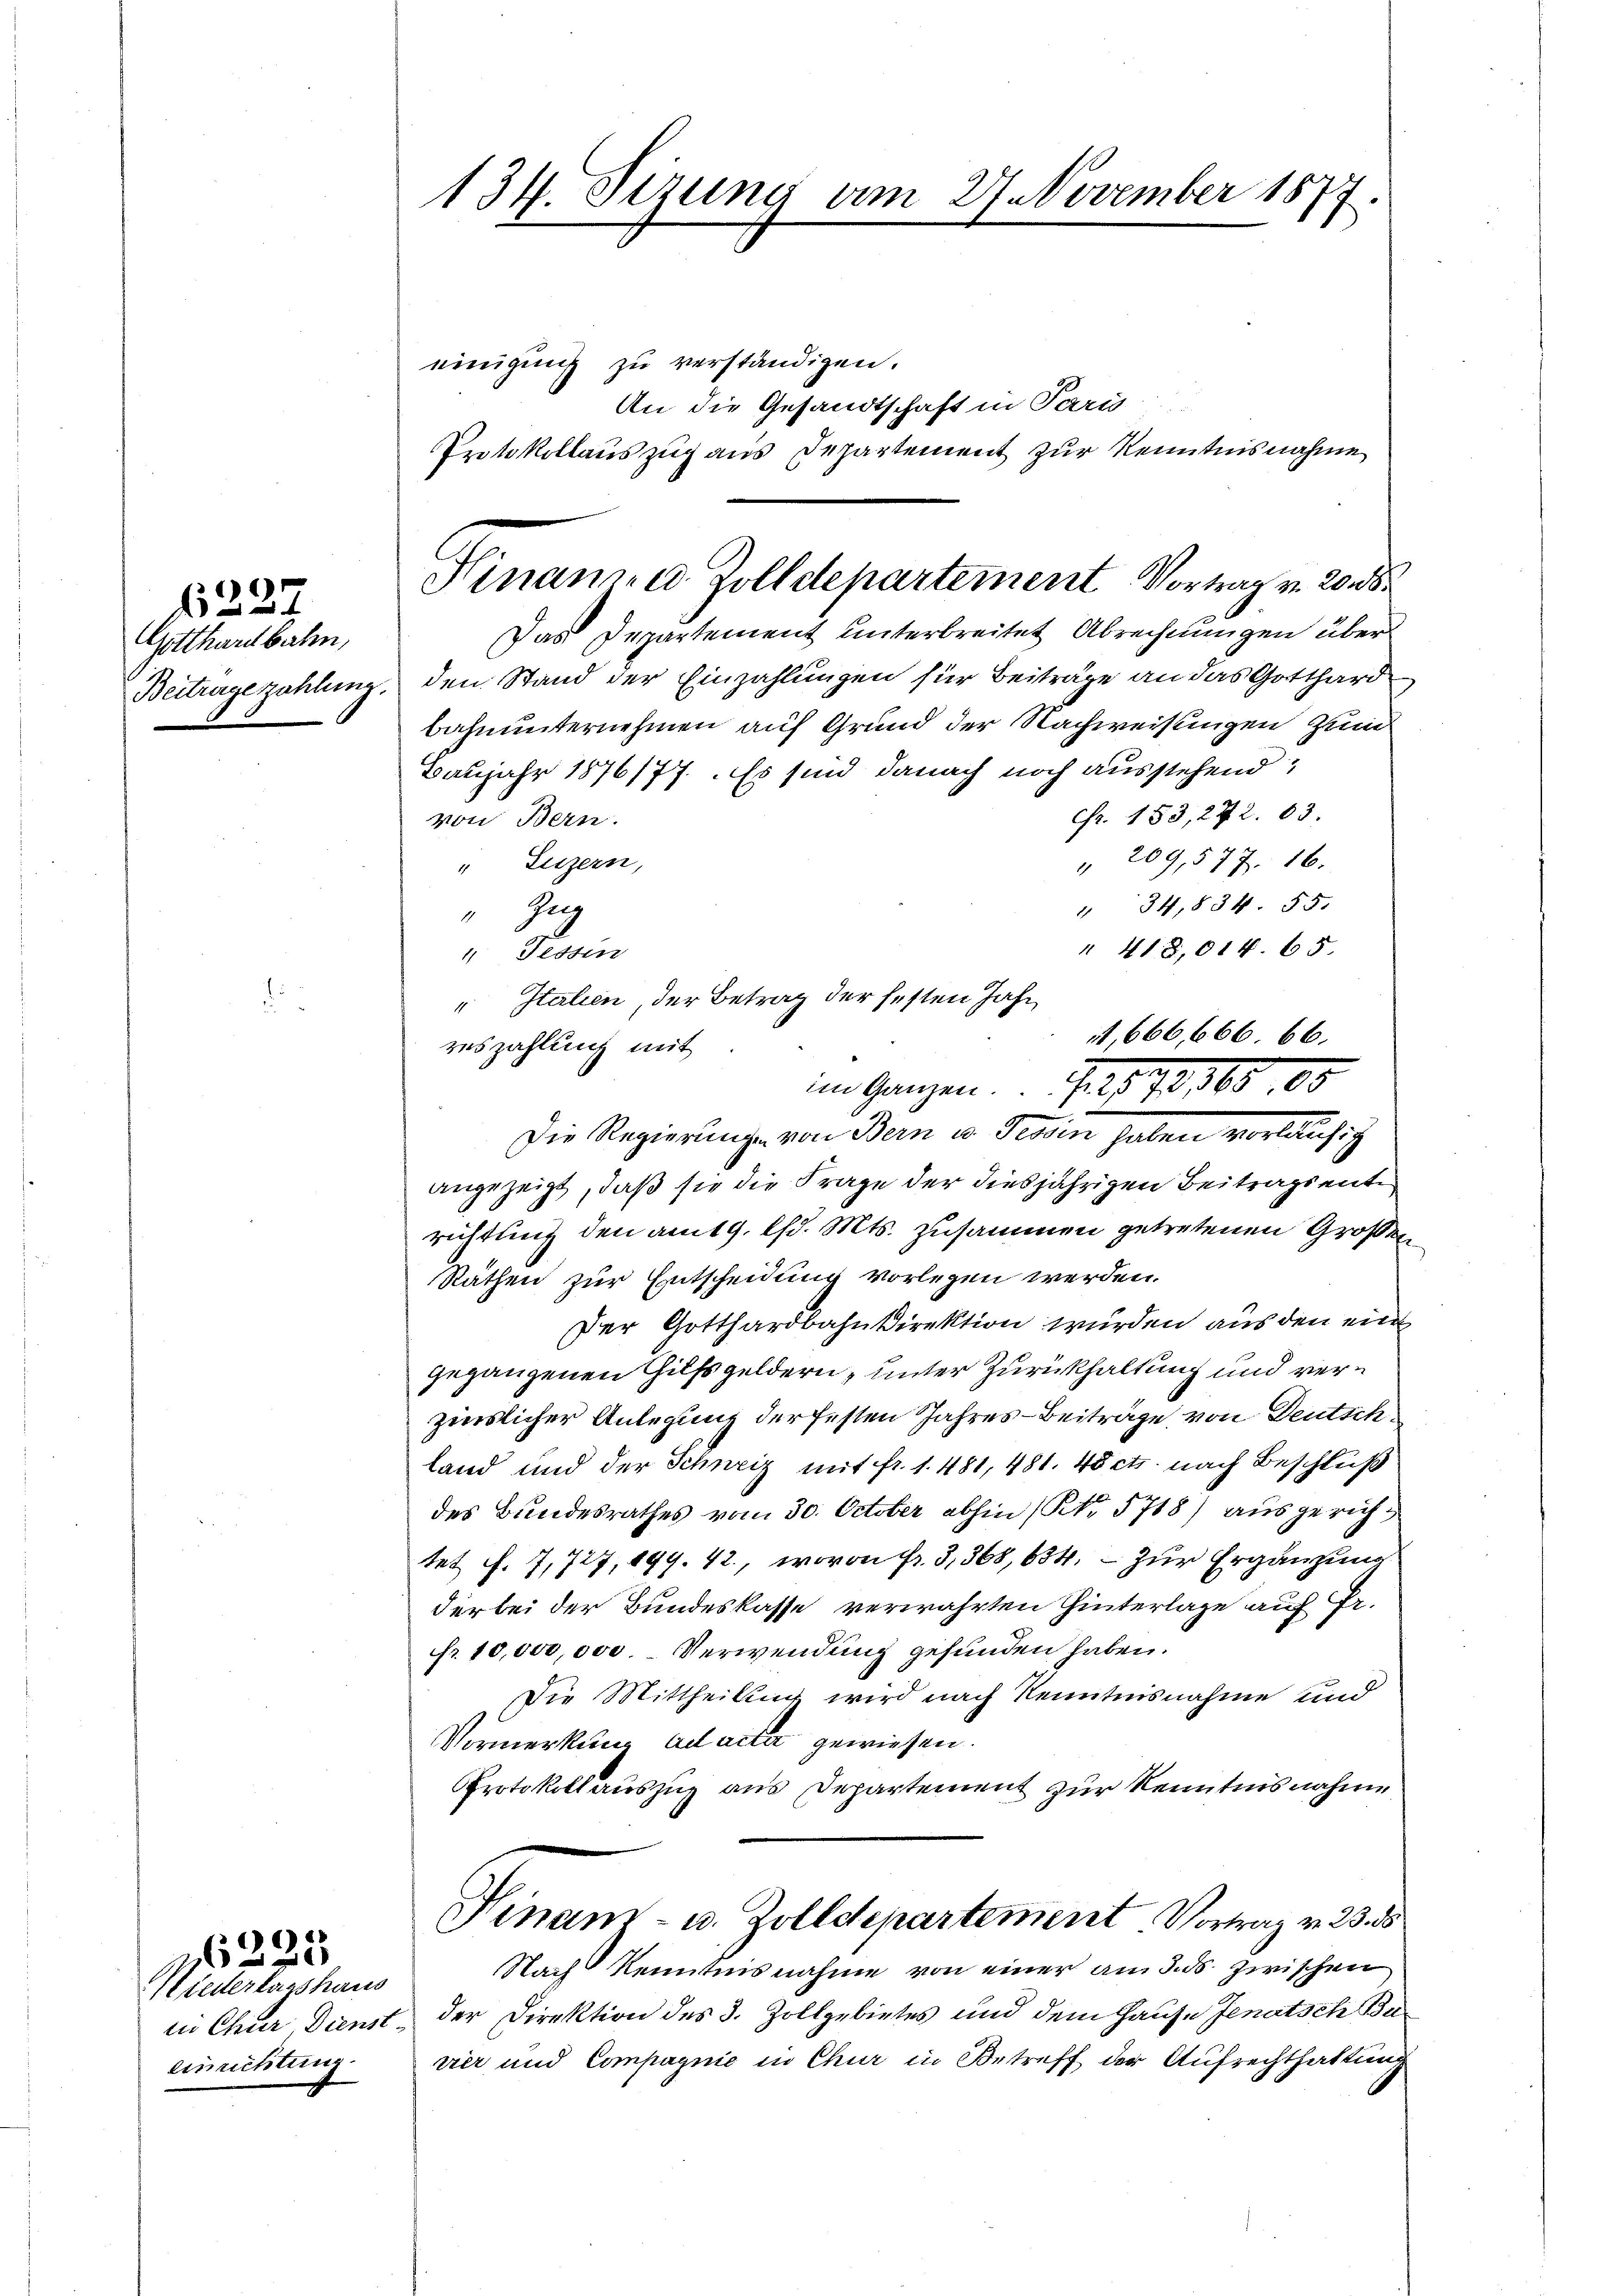
227.

Gotthardbahn,
Beitrage zahlung.

)6)
8
6

Hiederlagshaus
einrichtung

134. Sizung am 27. November 1877.

Hinamen Zolldepartement Vortrag v. 20. 8

einigung zu verständigen.
An die Gesandtschaft in Paris
Protokollauszug aus Departement zur Kenntnisnahme
Das Departement unterbreitet Abrechnungen über
den Stand der Einzahlungen für Beiträge an das Gotthard
bahnunternehmen auf Grund der Nachweisungen zum
Baujahr 1876/77. Es sind danach noch ausstehend:
cfr. 153, 272. 83.
von Bern.
" 209,577. 16.
" Luzern,
" 34,834. 55.
"Zug
". Tessin
reszahlung mit
angezeigt, daß sie die Frage der diesjährigen Beitragsente
richtling den amtg. lfd. Mts. zusammen getretenen Großen
Räthen zur Entscheidung vorlegen werden.
Der Gotthardbahndirektion wurden aus den ein
gegangenen Hilfsgeldern, unter Zurückhaltung und verzinslicher Anlegung der festen Jahres-Beiträge, von Deutschland und der Schweiz mit fr. 1. 481, 481. 45 cts. nach Beschluß
des Bundesrathes vom 30. October abhin (No. 5718) ausgerichtet f. 7,727, 199. 42, wovon Fr. 3,368, 634. — Zur Ergänzung
der bei der Bundeskasse verwahrten Hinterlage auf Pr.
fr. 10,000,000. Verwendung gefunden haben.
Die Mittheilung wird nach Kenntnisnahme und
Vormerkung ad acter gewiesen.
Protokoll auszug aus Departement zur Kenntnisnahme
Hinam- u. Zolldepartement Vortrag v. 23. 15
Nach Kenntnisnahme von einer am 3. ds. zwischen
in Chur, Dienst der Direktion des 3. Zollgebietes und dem Hause Jenatsch Buvier und Compagnie in Chur in Betreff der Aufrechthaltung

" 418,014. 65.
" Italien, der Betrag der festen Jahr
t,666,666. 66.
im Ganzen. 1872, 168, 88
Die Regierunge von Bern in Tessin haben vorläufig